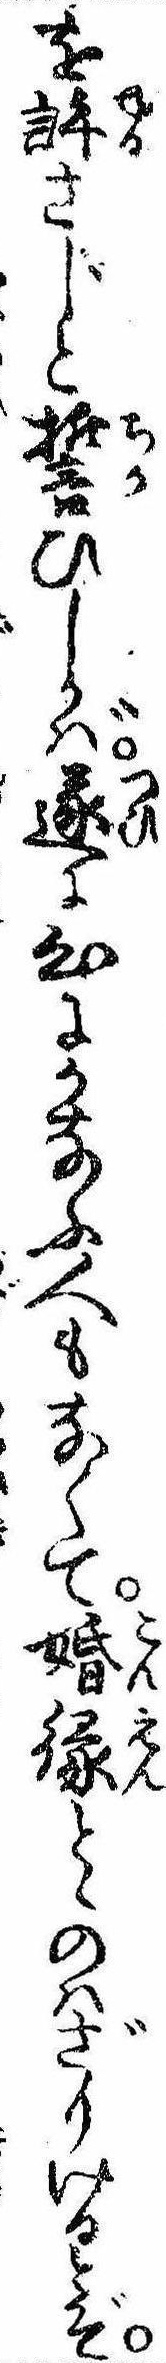
を許さじと誓ひしかば遂に心にかなふ人もなくて婚縁とゝのはざりけるとぞ